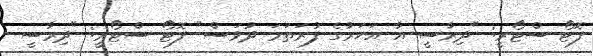
ފޮޓޯ ސްޓޯރީ: "ދިރާސީ އާ އަހަރުގެ ފުރަތަމަ ދުވަސް" ފޮޓޯ ސްޓޯރީ: "ދިރާސީ